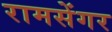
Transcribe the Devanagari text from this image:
रामसेंगर